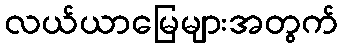
လယ်ယာမြေများအတွက်